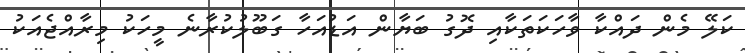
ކަލޭ މެން ދައްކާ ވާހަކަތަކާއި ދޮގު ބަޔާން އަޑުއަހާ ގަބޫލުކުރާނެ މީހަކު މިރާއްޖެއަކު